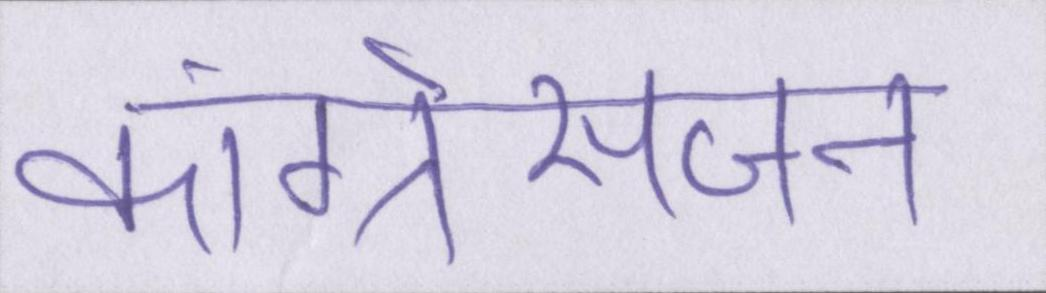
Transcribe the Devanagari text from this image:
कांग्रेसजन